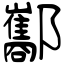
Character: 酅